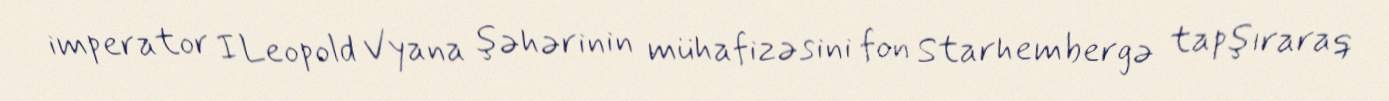
imperator I Leopold Vyana şəhərinin mühafizəsini fon Starhembergə tapşıraraq